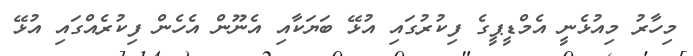
މިހާރު މިއުޅެނީ އެމްޑީޕީގެ ފިކުރުގައި އުޅޭ ބަޔަކާއި އެނޫން އެހެން ފިކުރެއްގައި އުޅޭ